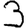
Digit: 3